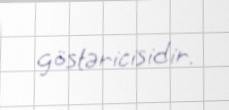
göstəricisidir.